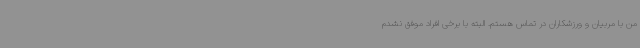
من با مربیان و ورزشکاران در تماس هستم. البته با برخی افراد موفق نشدم